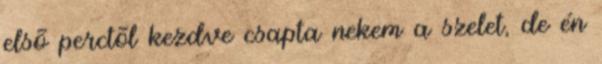
elsõ perctõl kezdve csapta nekem a szelet, de én